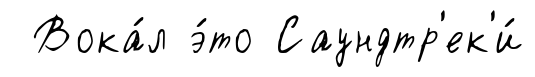
Вока́л э́то Саундтр'ек'и́